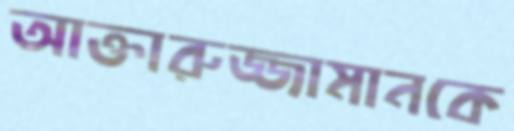
আক্তারুজ্জামানকে